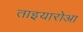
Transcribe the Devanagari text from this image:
ताइयारोआ